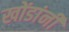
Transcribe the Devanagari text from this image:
खोंडांनी